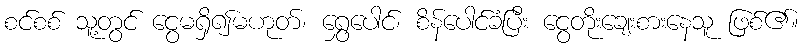
စင်စစ် သူ့တွင် ငွေမရှိ၍မဟုတ်၊ ရွှေပေါင်၊ စိန်ပေါင်ခံပြီး ငွေတိုးချေးစားနေသူ ဖြစ်၏။